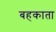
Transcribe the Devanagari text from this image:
बहकाता